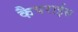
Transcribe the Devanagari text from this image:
कैपराईस